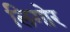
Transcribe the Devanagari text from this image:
लिगोर